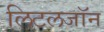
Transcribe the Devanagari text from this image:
लिटलजॉन